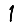
Digit: 1